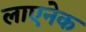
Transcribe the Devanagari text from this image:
लाएनेक